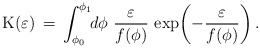
\begin{align*}{\rm K}(\varepsilon) \,=\, \int_{\phi_0}^{\phi_1}\!\!d\phi\,\,\frac{ \varepsilon}{f(\phi)}\, \exp{\!\left(-\frac{\varepsilon}{f(\phi)}\right)}\,.\end{align*}